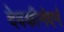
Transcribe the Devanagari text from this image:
देवकीनंदनं